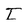
Character: I